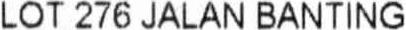
LOT 276 JALAN BANTING